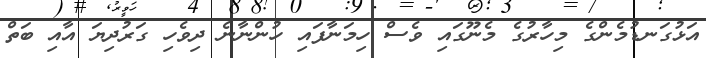
އަޅުގަނޑުމެންގެ މިހާރުގެ މެނޫގައި ވެސް ހިމަނާފައި ހުންނާނެ ދިވެހި ގަރުދިޔަ އާއި ބަތް